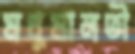
মধুমালতী